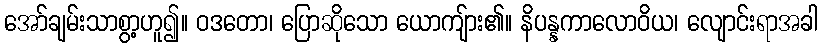
အော်ချမ်းသာစွာ့ဟူ၍။ ဝဒတော၊ ပြောဆိုသော ယောကျ်ား၏။ နိပန္နကာလောဝိယ၊ လျောင်းရာအခါ